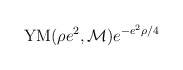
\begin{align*}{\rm YM}(\rho e^2,{\cal M}) e^{-e^2\rho/4}\end{align*}